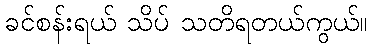
ခင်စန်းရယ် သိပ် သတိရတယ်ကွယ်။